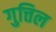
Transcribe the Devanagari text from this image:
गुत्तिल